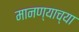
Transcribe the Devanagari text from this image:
मानण्याच्या